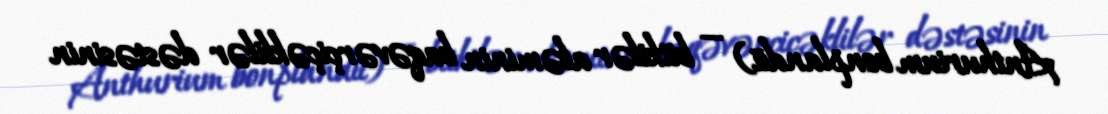
Anthurium bonplandii) — bitkilər aləminin baqəvərçiçəklilər dəstəsinin